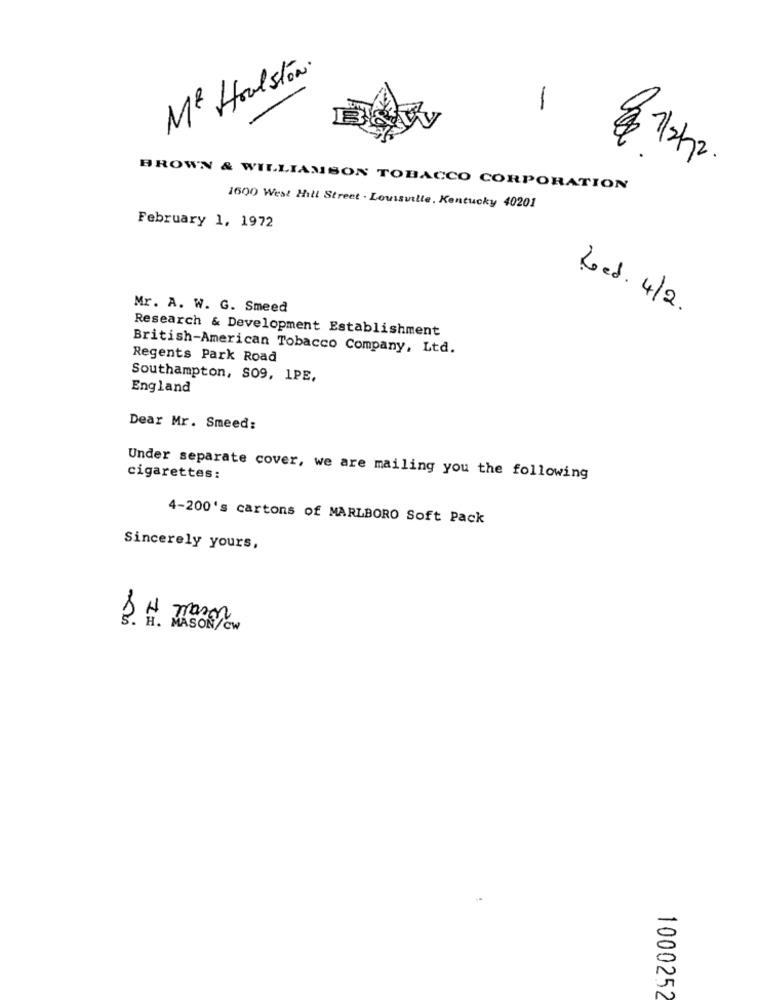
Me Houlston.
-
11/2/2
BROWN & WILLIAMSON TOBACCO CORPORATION
1600 West Hill Street . Louisville, Kentucky 40201
February 1, 1972
Mr. A. W. G. Smeed
Led. 4/2.
Research & Development Establishment
British-American Tobacco Company, Ltd.
Regents Park Road
Southampton, S09, 1PE,
England
Dear Mr. Smeed:
Under separate cover, we are mailing you the following
cigarettes:
4-200's cartons of MARLBORO Soft Pack
Sincerely yours,
1000252